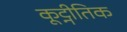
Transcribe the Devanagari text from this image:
कूट्नीतिक